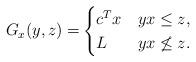
LaTeX: \begin{align*}G_x(y,z)=&\begin{cases}c^Tx & yx\le z,\\L & yx\not\le z.\end{cases}\end{align*}